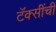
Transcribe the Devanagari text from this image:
टॅक्सींची